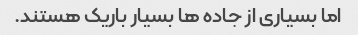
اما بسیاری از جاده ها بسیار باریک هستند.